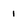
Character: 1